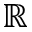
{ \mathbb R }